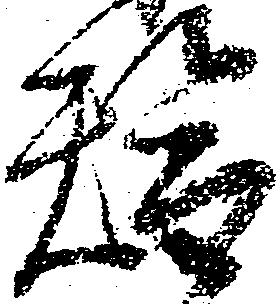
替